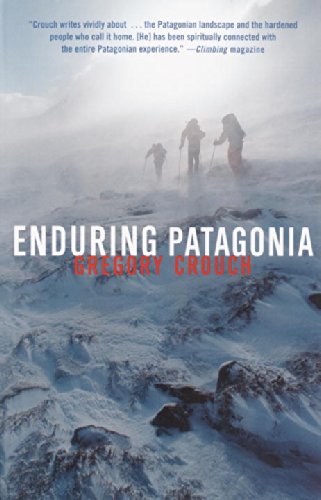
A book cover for Enduring Patagonia; Gregory Crouch; Travel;